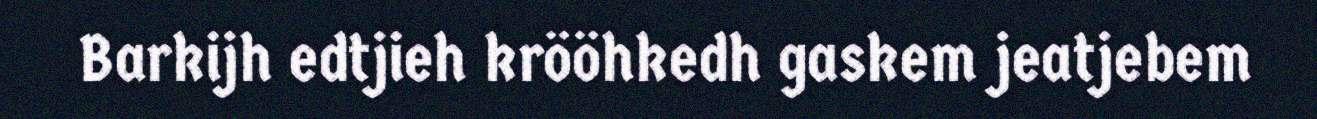
Barkijh edtjieh krööhkedh gaskem jeatjebem